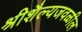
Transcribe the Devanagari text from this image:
श्रीशैल्यजवळील